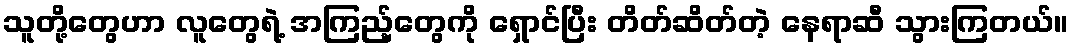
သူတို့တွေဟာ လူတွေရဲ့ အကြည့်တွေကို ရှောင်ပြီး တိတ်ဆိတ်တဲ့ နေရာဆီ သွားကြတယ်။